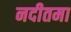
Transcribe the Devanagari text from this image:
नदीतमा